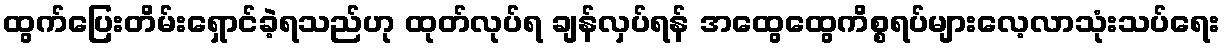
ထွက်ပြေးတိမ်းရှောင်ခဲ့ရသည်ဟု ထုတ်လုပ်ရ ချန်လှပ်ရန် အထွေထွေကိစ္စရပ်များလေ့လာသုံးသပ်ရေး